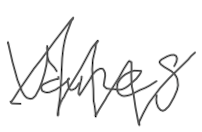
Text: vanes
Cross-out: zig-zag
Writing tool: digital_gray